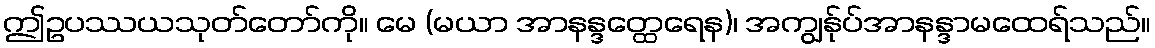
ဤဥပဿယသုတ်တော်ကို။ မေ (မယာ အာနန္ဒတ္ထေရေန)၊ အကျွန်ုပ်အာနန္ဒာမထေရ်သည်။